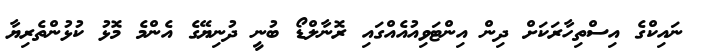
ނައިކްގެ އިސްތިހާރަކަށް ދިން އިންޓަވިއުއެއްގައި ރޮނާލްޑޯ ބުނީ ދުނިޔޭގެ އެންމެ މޮޅު ކުޅުންތެރިޔާ